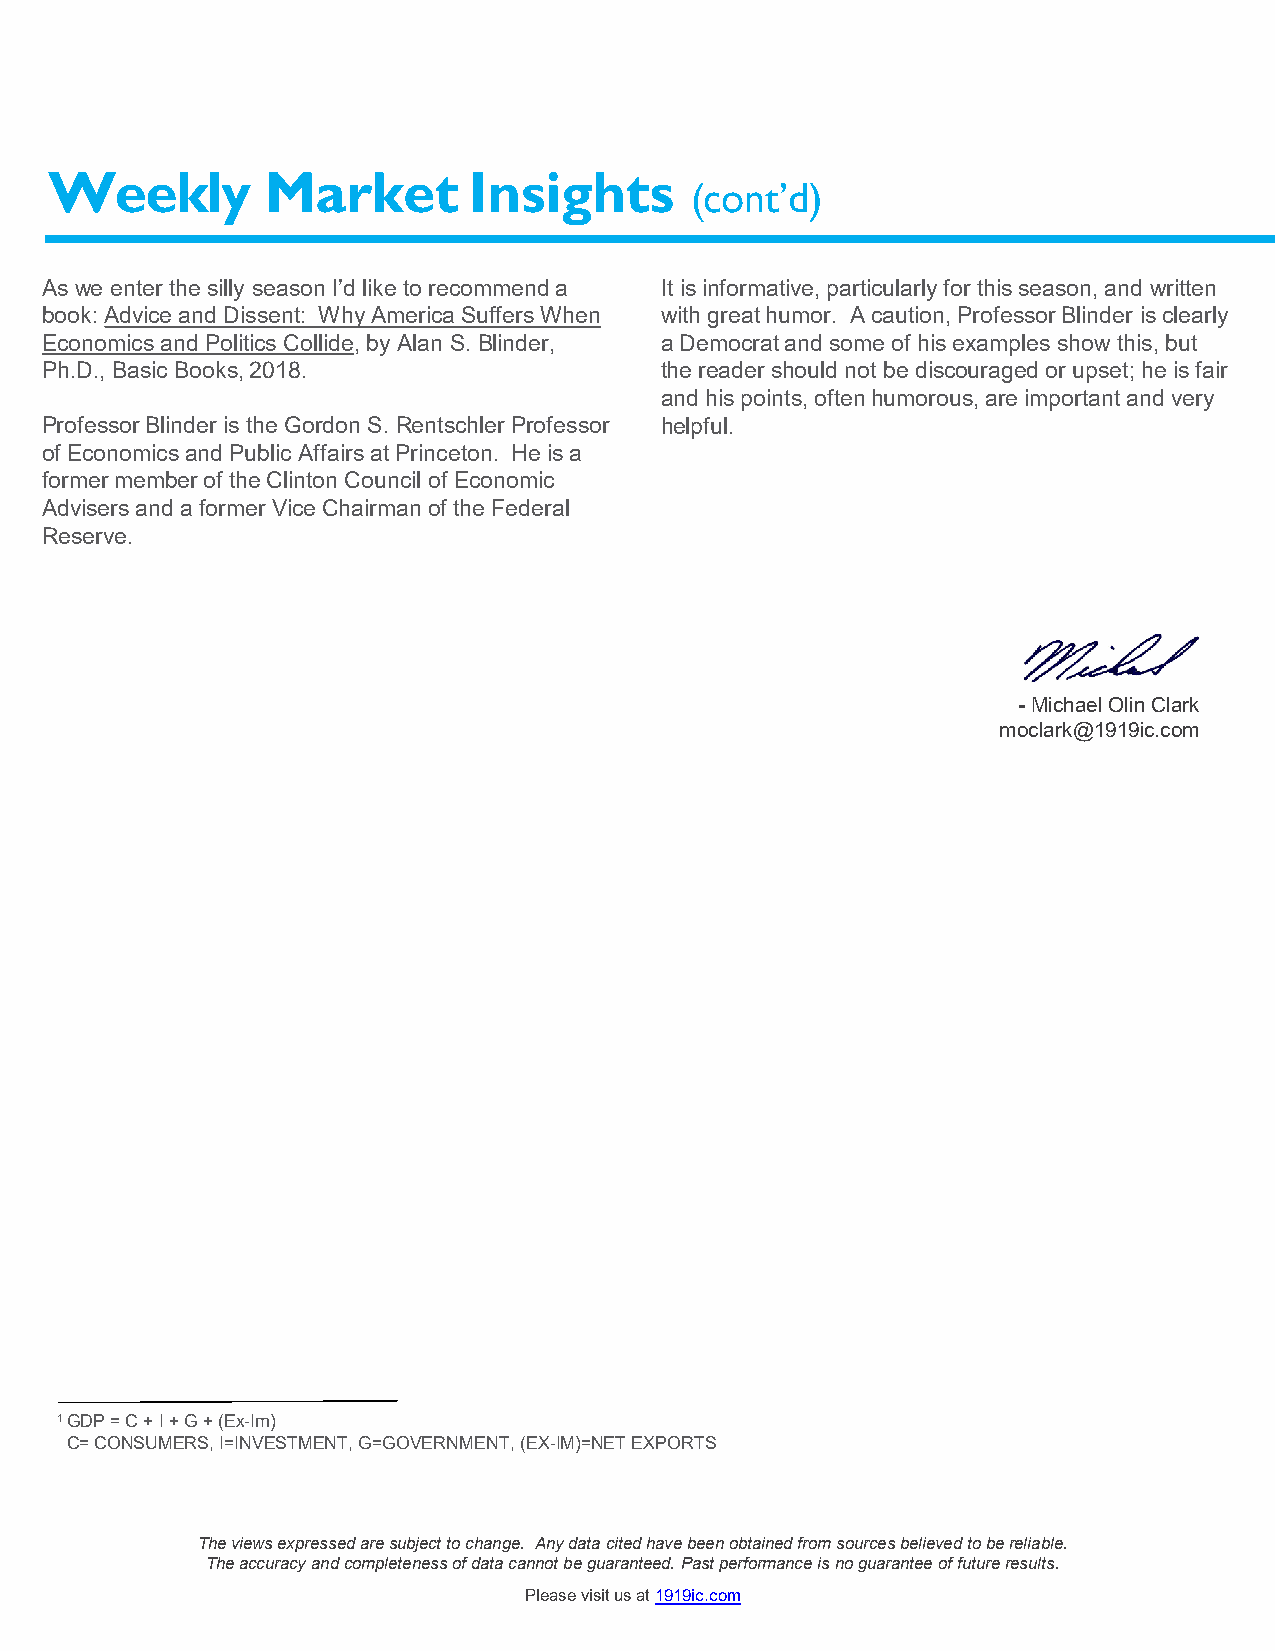
Weekly         Market       Insights
 (cont’d)
 As we enter the silly season I’d like to recommend a It is informative, particularly for this season, and written
 book: Advice and Dissent: Why America Suffers When with great humor. A caution, Professor Blinder is clearly
 Economics and Politics Collide, by Alan S. Blinder, a Democrat and some of his examples show this, but
 Ph.D., Basic Books, 2018.                the reader should not be discouraged or upset; he is fair
 and his points, often humorous, are important and very
 Professor Blinder is the Gordon S. RentschlerProfessor helpful.
 of Economics and Public Affairs at Princeton. He is a
 former member of the Clinton Council of Economic
 Advisers and a former Vice Chairman of the Federal
 Reserve.
 -Michael Olin Clark
 moclark@1919ic.com
 1 GDP = C + I + G + (Ex-Im)
 C= CONSUMERS, I=INVESTMENT, G=GOVERNMENT, (EX-IM)=NET EXPORTS
 The views expressed are subject to change. Any data cited have been obtained from sources believed to be reliable.
 The accuracy and completeness of data cannot be guaranteed. Past performance is no guarantee of future results.
 Please visit us at 1919ic.com